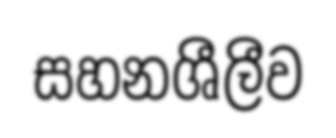
සහනශීලීව